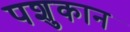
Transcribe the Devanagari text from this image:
पशुकान